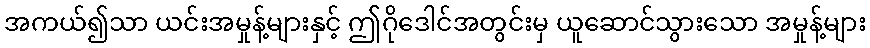
အကယ်၍သာ ယင်းအမှုန့်များနှင့် ဤဂိုဒေါင်အတွင်းမှ ယူဆောင်သွားသော အမှုန့်များ